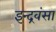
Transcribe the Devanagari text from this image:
इन्द्रवंसा